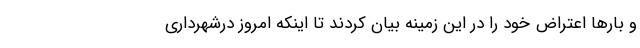
و بارها اعتراض خود را در این زمینه بیان کردند تا اینکه امروز درشهرداری